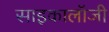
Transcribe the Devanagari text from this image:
साइकालॉजी